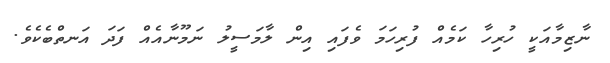
ނާޒިމާއަކީ ހުރިހާ ކަމެއް ފުރިހަމަ ވެފައި އިން ލާމަސީލު ނަމޫނާއެއް ފަދަ އަނތްބެކެވެ.